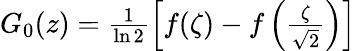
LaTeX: \begin{array}{r}{G_{0}(z)=\frac{1}{\ln 2}\left[f(\zeta)-f\left(\frac{\zeta}{\sqrt{2}}\right)\right]}\end{array}